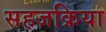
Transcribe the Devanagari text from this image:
सहजक्रिया